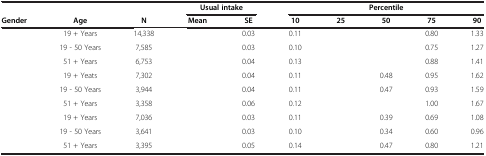
<table><thead><tr><td colspan="3">[EMPTY_CELL]</td><td colspan="2"><b>Usual intake</b></td><td colspan="5"><b>Percentile</b></td></tr><tr><td><b>Gender</b></td><td><b>Age</b></td><td><b>N</b></td><td><b>Mean</b></td><td><b>SE</b></td><td><b>10</b></td><td><b>25</b></td><td><b>50</b></td><td><b>75</b></td><td><b>90</b></td></tr></thead><tbody><tr><td>[EMPTY_CELL]</td><td>19 + Years</td><td>14,338</td><td>[EMPTY_CELL]</td><td>0.03</td><td>0.11</td><td>[EMPTY_CELL]</td><td>[EMPTY_CELL]</td><td>0.80</td><td>1.33</td></tr><tr><td>[EMPTY_CELL]</td><td>19 - 50 Years</td><td>7,585</td><td>[EMPTY_CELL]</td><td>0.03</td><td>0.10</td><td>[EMPTY_CELL]</td><td>[EMPTY_CELL]</td><td>0.75</td><td>1.27</td></tr><tr><td>[EMPTY_CELL]</td><td>51 + Years</td><td>6,753</td><td>[EMPTY_CELL]</td><td>0.04</td><td>0.13</td><td>[EMPTY_CELL]</td><td>[EMPTY_CELL]</td><td>0.88</td><td>1.41</td></tr><tr><td>[EMPTY_CELL]</td><td>19 + Yeats</td><td>7,302</td><td>[EMPTY_CELL]</td><td>0.04</td><td>0.11</td><td>[EMPTY_CELL]</td><td>0.48</td><td>0.95</td><td>1.62</td></tr><tr><td>[EMPTY_CELL]</td><td>19 - 50 Years</td><td>3,944</td><td>[EMPTY_CELL]</td><td>0.04</td><td>0.11</td><td>[EMPTY_CELL]</td><td>0.47</td><td>0.93</td><td>1.59</td></tr><tr><td>[EMPTY_CELL]</td><td>51 + Years</td><td>3,358</td><td>[EMPTY_CELL]</td><td>0.06</td><td>0.12</td><td>[EMPTY_CELL]</td><td>[EMPTY_CELL]</td><td>1.00</td><td>1.67</td></tr><tr><td>[EMPTY_CELL]</td><td>19 + Years</td><td>7,036</td><td>[EMPTY_CELL]</td><td>0.03</td><td>0.11</td><td>[EMPTY_CELL]</td><td>0.39</td><td>0.69</td><td>1.08</td></tr><tr><td>[EMPTY_CELL]</td><td>19 - 50 Years</td><td>3,641</td><td>[EMPTY_CELL]</td><td>0.03</td><td>0.10</td><td>[EMPTY_CELL]</td><td>0.34</td><td>0.60</td><td>0.96</td></tr><tr><td>[EMPTY_CELL]</td><td>51 + Years</td><td>3,395</td><td>[EMPTY_CELL]</td><td>0.05</td><td>0.14</td><td>[EMPTY_CELL]</td><td>0.47</td><td>0.80</td><td>1.21</td></tr></tbody></table>